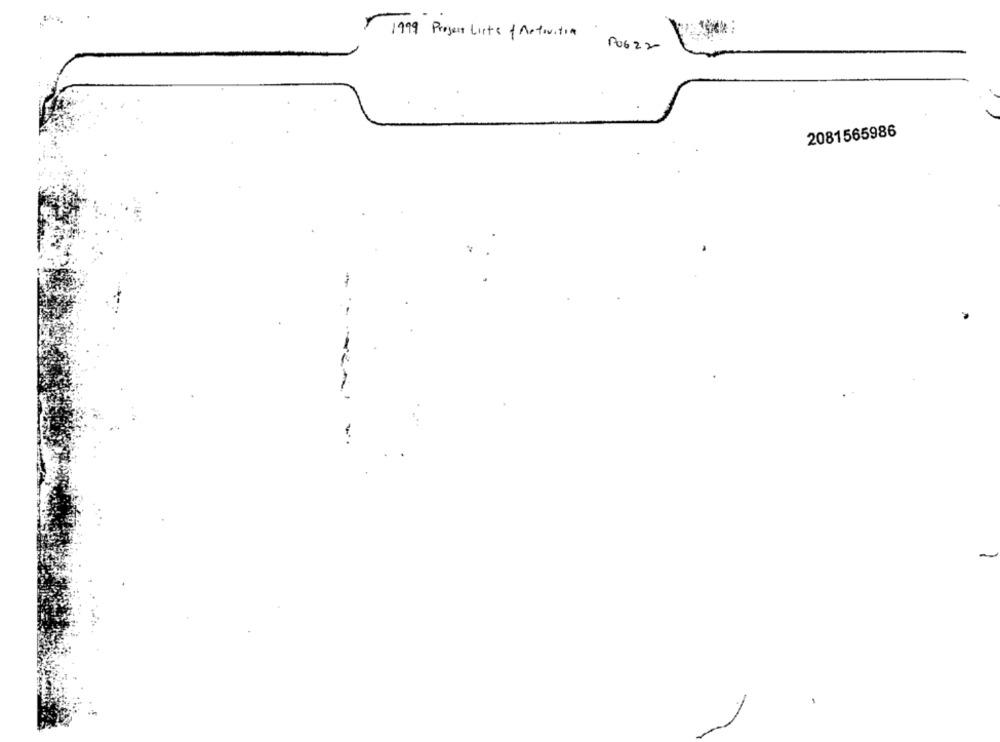
1
1999 Project Lists Motivitia
90622
2081565986
-
-